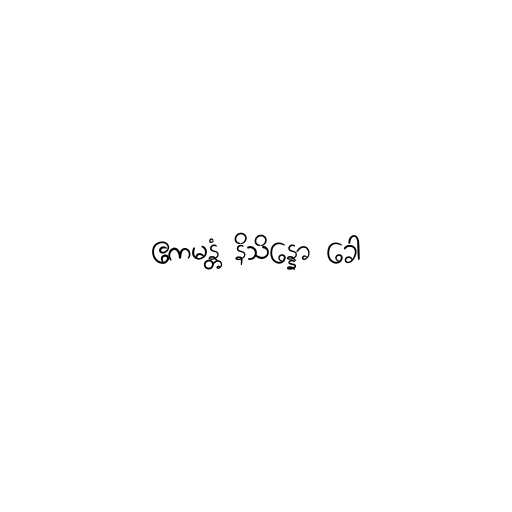
ဧကမန္တံ နိသိန္နော ခေါ